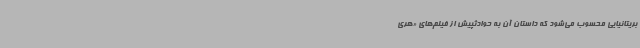
بریتانیایی محسوب می‌شود که داستان آن به حوادثپیش از فیلم‌های «هری